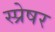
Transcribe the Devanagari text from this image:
स्प्रेषर